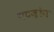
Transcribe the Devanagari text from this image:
गटज़ोन